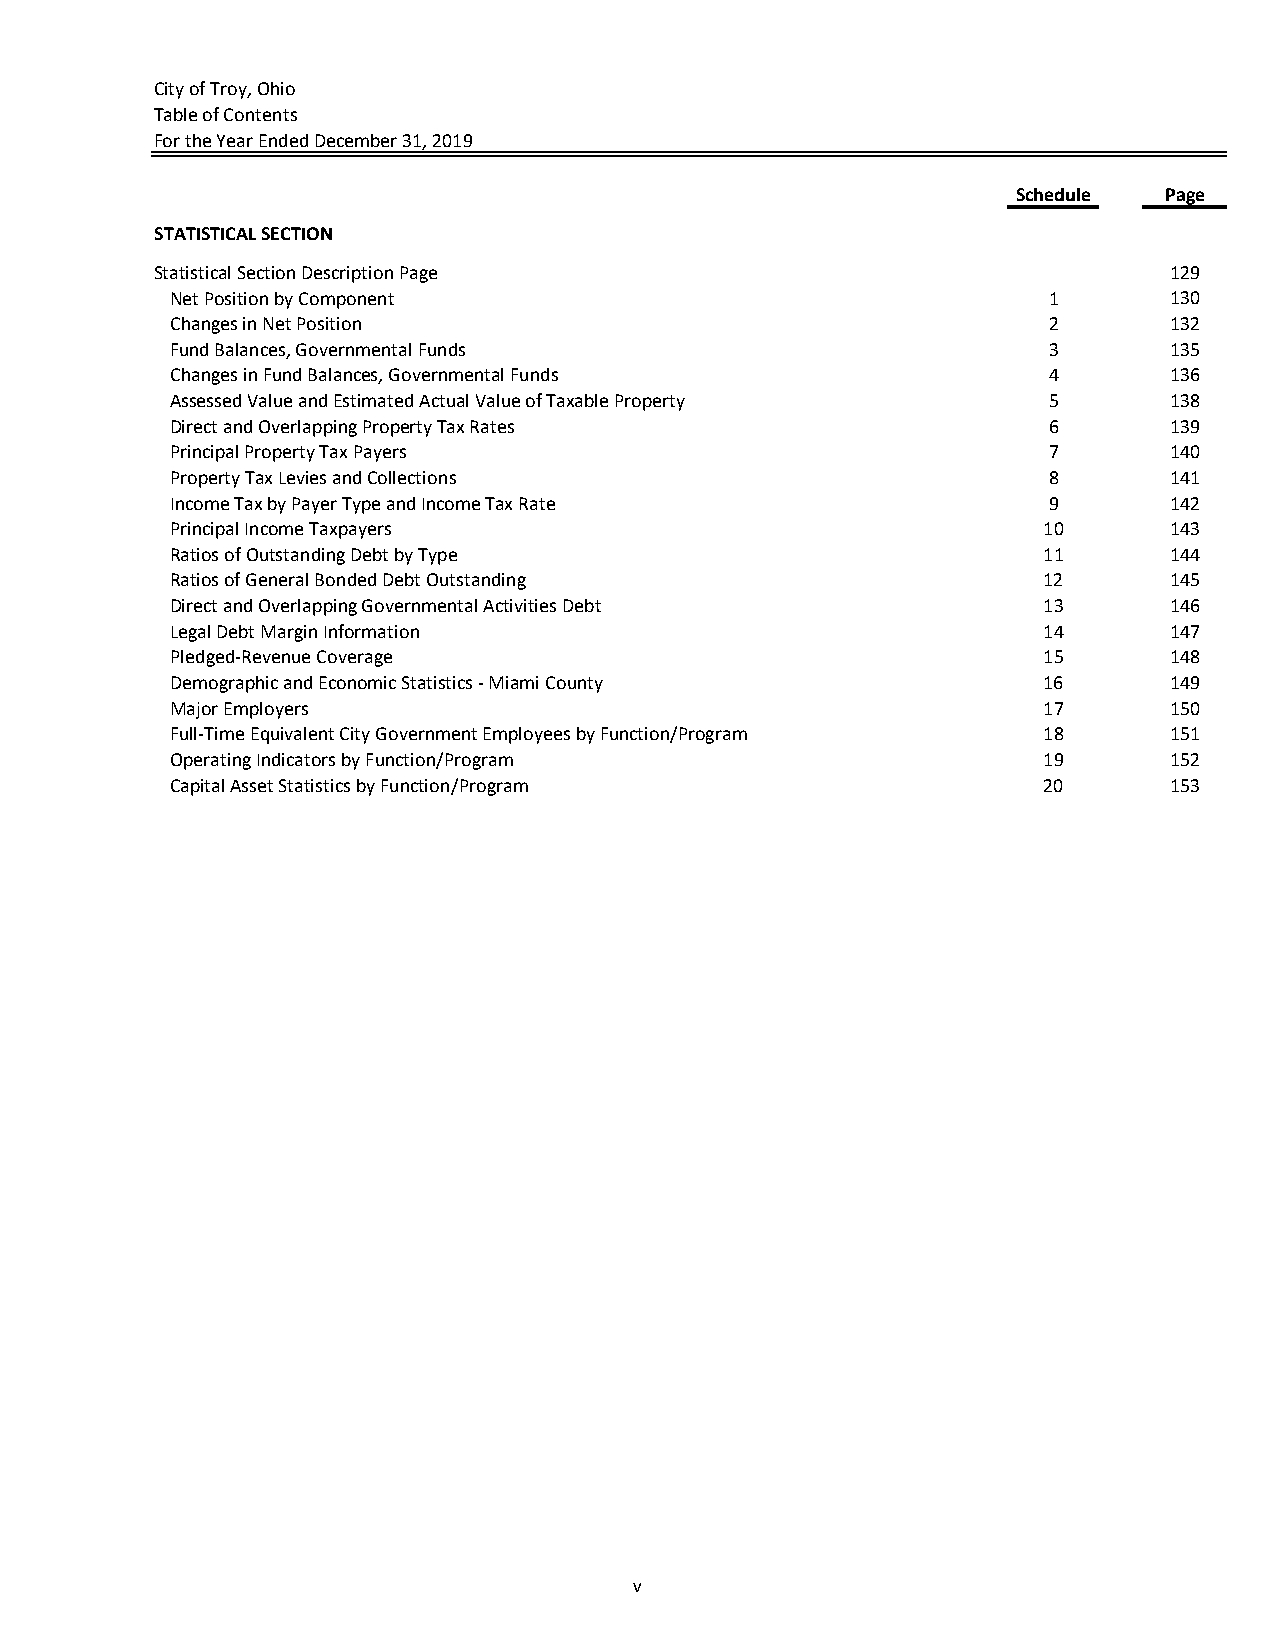
City of Troy, Ohio
 Table of Contents
 For the Year Ended December 31, 2019
 Schedule  Page
 STATISTICAL SECTION
 Statistical Section Description Page                               129
 Net Position by Component                                 1       130
 Changes in Net Position                                   2       132
 Fund Balances, Governmental Funds                         3       135
 Changes in Fund Balances, Governmental Funds              4       136
 Assessed Value and Estimated Actual Value of Taxable Property 5   138
 Direct and Overlapping Property Tax Rates                 6       139
 Principal Property Tax Payers                             7       140
 Property Tax Levies and Collections                       8       141
 Income Tax by Payer Type and Income Tax Rate              9       142
 Principal Income Taxpayers                                10      143
 Ratios of Outstanding Debt by Type                        11      144
 Ratios of General Bonded Debt Outstanding                 12      145
 Direct and Overlapping Governmental Activities Debt       13      146
 Legal Debt Margin Information                             14      147
 Pledged‐Revenue Coverage                                  15      148
 Demographic and Economic Statistics ‐ Miami County        16      149
 Major Employers                                           17      150
 Full‐Time Equivalent City Government Employees by Function/Program 18 151
 Operating Indicators by Function/Program                  19      152
 Capital Asset Statistics by Function/Program              20      153
 v